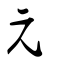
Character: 元